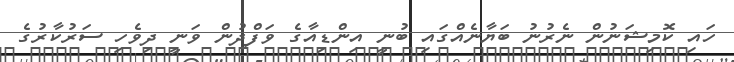
ހައި ކޮމިޝަނުން ނެރުނު ބަޔާނެއްގައި ބުނީ އިންޑިއާގެ ވަފްދުން ވަނީ ދިވެހި ސަރުކާރުގެ